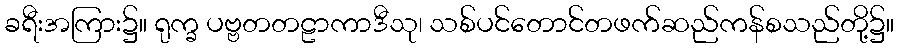
ခရီးအကြား၌။ ရုက္ခ ပဗ္ဗတတဠာကာဒီသု၊ သစ်ပင်တောင်တဖက်ဆည်ကန်စသည်တို့၌။